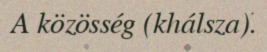
A közösség (khálsza).